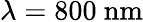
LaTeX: \lambda=800~\textrm{nm}